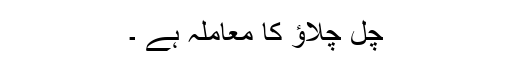
چل چلاؤ کا معاملہ ہے ۔